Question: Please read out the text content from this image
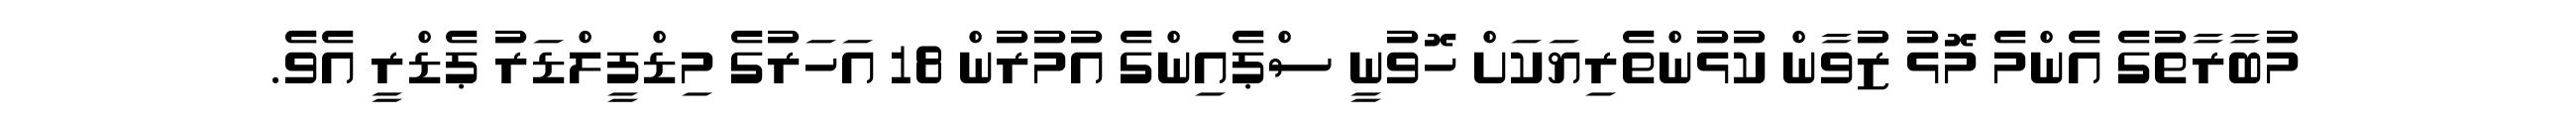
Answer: މުބާރާތުގެ އެންމެ މޮޅު ޒުވާން ކުޅުންތެރިޔަކަށް ހޮވުނީ ސްޕެއިންގެ އުމުރުން 18 އަހަރުގެ މިޑްފީލްޑަރު ޕެޑްރީ އެވެ.